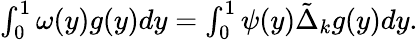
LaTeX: \begin{array}{r}{\int_{0}^{1}\omega(y)g(y)dy=\int_{0}^{1}\psi(y)\tilde{\Delta}_{k}g(y)dy.}\end{array}